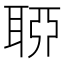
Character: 𦖂